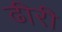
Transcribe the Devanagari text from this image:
ढीरी